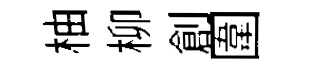
柚柳創圍